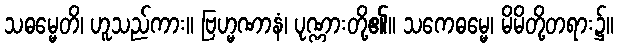
သဓမ္မေတိ၊ ဟူသည်ကား။ ဗြဟ္မဏာနံ၊ ပုဏ္ဏားတို့၏။ သကေဓမ္မေ၊ မိမိတို့တရား၌။